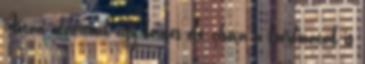
Aztán odaértünk egy kerítés elé, ahová a koordináták is